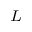
_ L